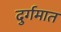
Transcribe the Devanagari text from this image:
दुर्गमात